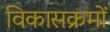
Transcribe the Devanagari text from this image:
विकासक्रमों